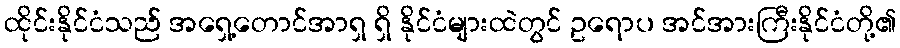
ထိုင်းနိုင်ငံသည် အရှေ့တောင်အာရှ ရှိ နိုင်ငံများထဲတွင် ဥရောပ အင်အားကြီးနိုင်ငံတို့၏